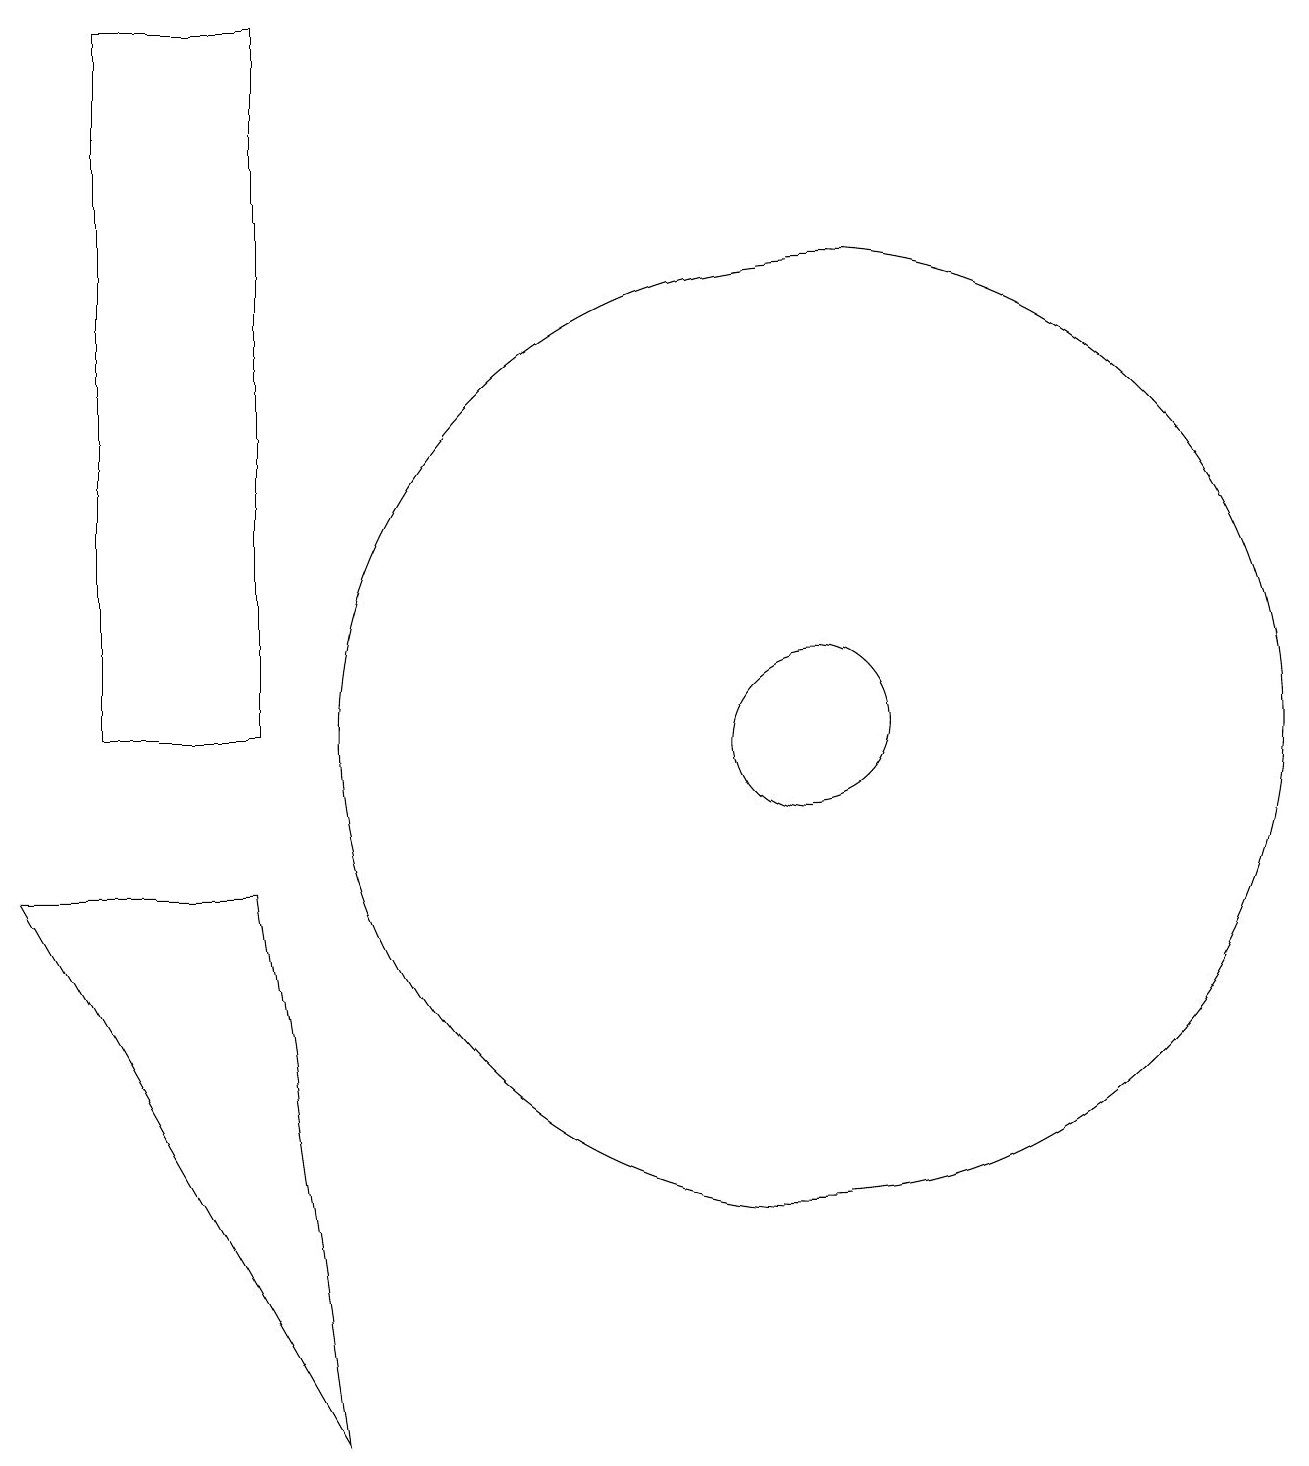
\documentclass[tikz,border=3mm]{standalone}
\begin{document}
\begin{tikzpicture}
\draw (10,10) circle (6);
\draw (10,10) circle (1);
\draw (0,8) -- (4,1) -- (3,8) -- cycle;
\draw (3,19) rectangle (1,10);
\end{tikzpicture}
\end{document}